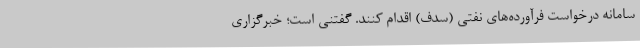
سامانه درخواست فرآورده‌های نفتی (سدف) اقدام کنند. گفتنی است؛ خبرگزاری